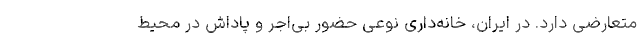
متعارضی دارد. در ایران، خانه‌داری نوعی حضور بی‌اجر و پاداش در محیط